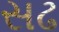
સઢ